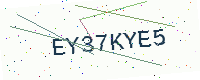
Text: EY37KYE5